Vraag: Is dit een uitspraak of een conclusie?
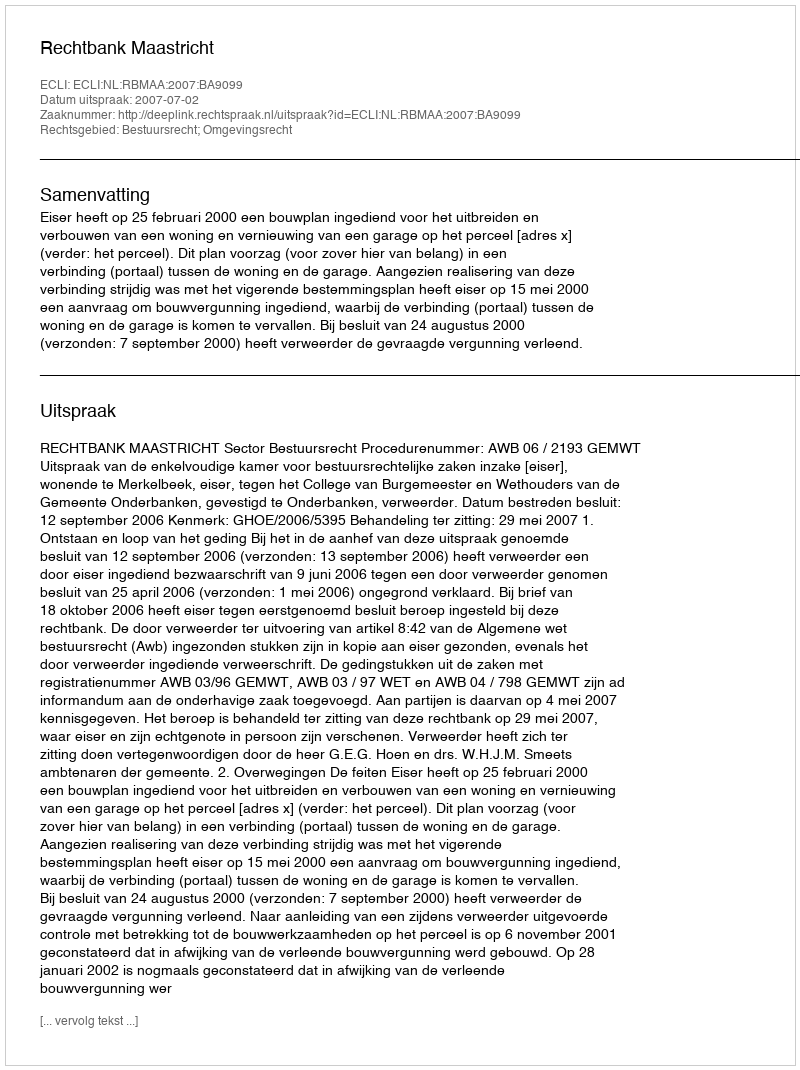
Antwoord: Uitspraak